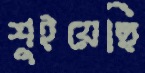
শুইয়েছি